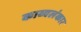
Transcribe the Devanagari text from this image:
काव्यलंकार